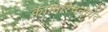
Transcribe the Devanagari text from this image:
कामाश्चिन्तयेद